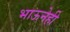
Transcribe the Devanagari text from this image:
भाऊनेही